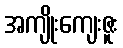
အကျိုးကျေးဇူး